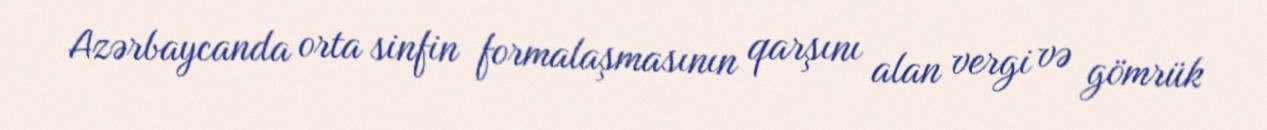
Azərbaycanda orta sinfin formalaşmasının qarşını alan vergi və gömrük